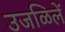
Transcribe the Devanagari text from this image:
उजळिलें